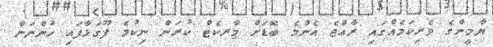
ޔާމީންގެ ވެރިކަމެއްގައި ރާއްޖެ އެންމެ ބޮޑަށް މާރކެޓް ކުރަން ނިކުމެ ފޫގަޅާފައި ހުންނަން